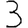
Digit: 3